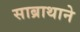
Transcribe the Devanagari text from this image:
साब्राथाने